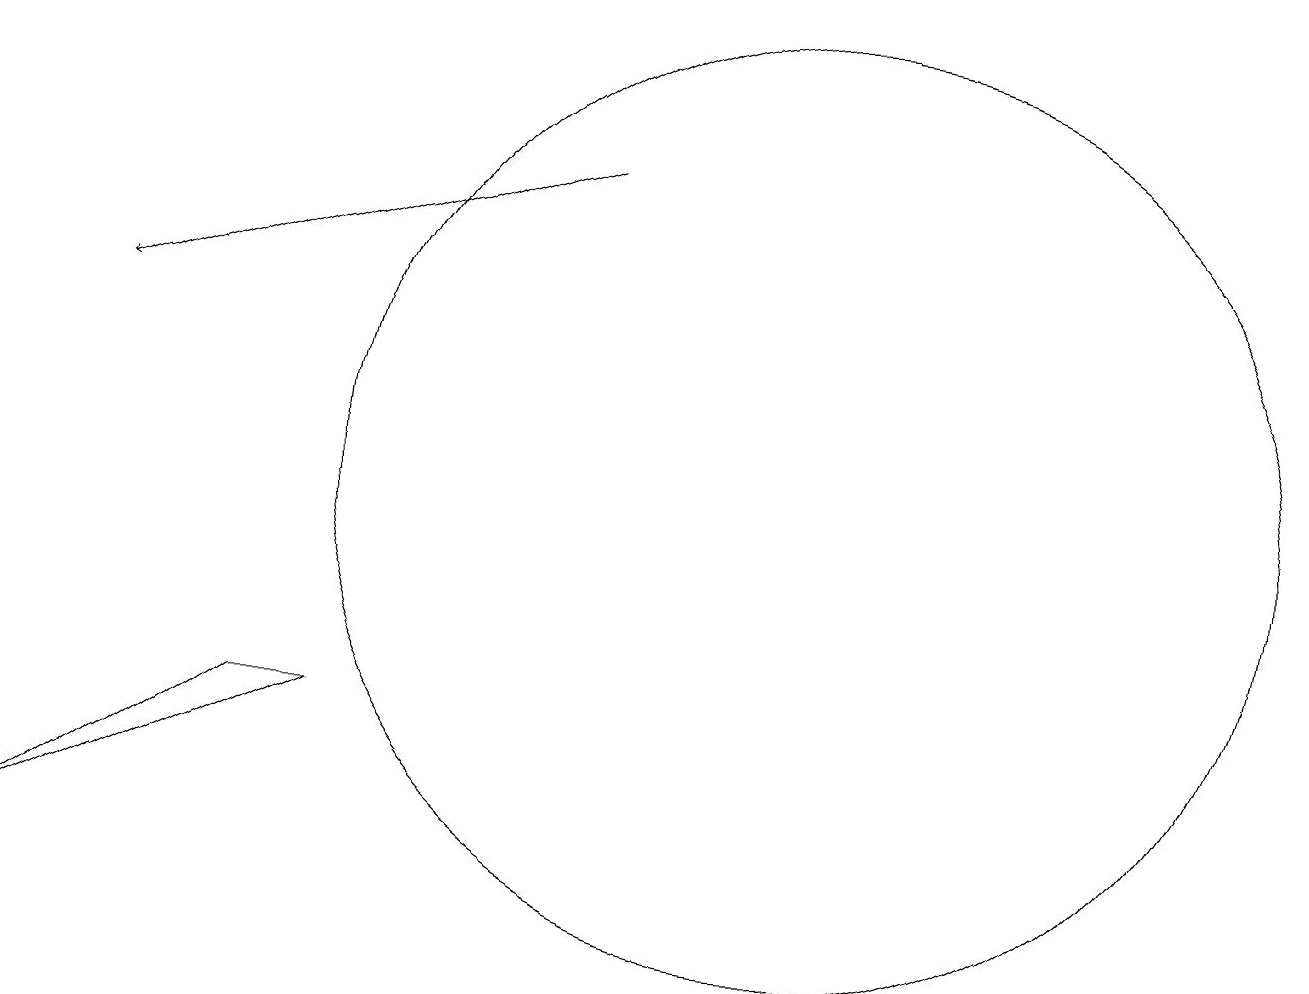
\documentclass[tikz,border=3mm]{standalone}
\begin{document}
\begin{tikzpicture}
\draw (10,10) circle (6);
\draw[->] (7,14) -- (1,12);
\draw (0,5) -- (4,7) -- (3,7) -- cycle;
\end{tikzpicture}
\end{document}